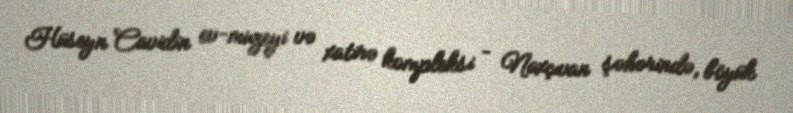
Hüseyn Cavidin ev-muzeyi və xatirə kompleksi – Naxçıvan şəhərində, böyük